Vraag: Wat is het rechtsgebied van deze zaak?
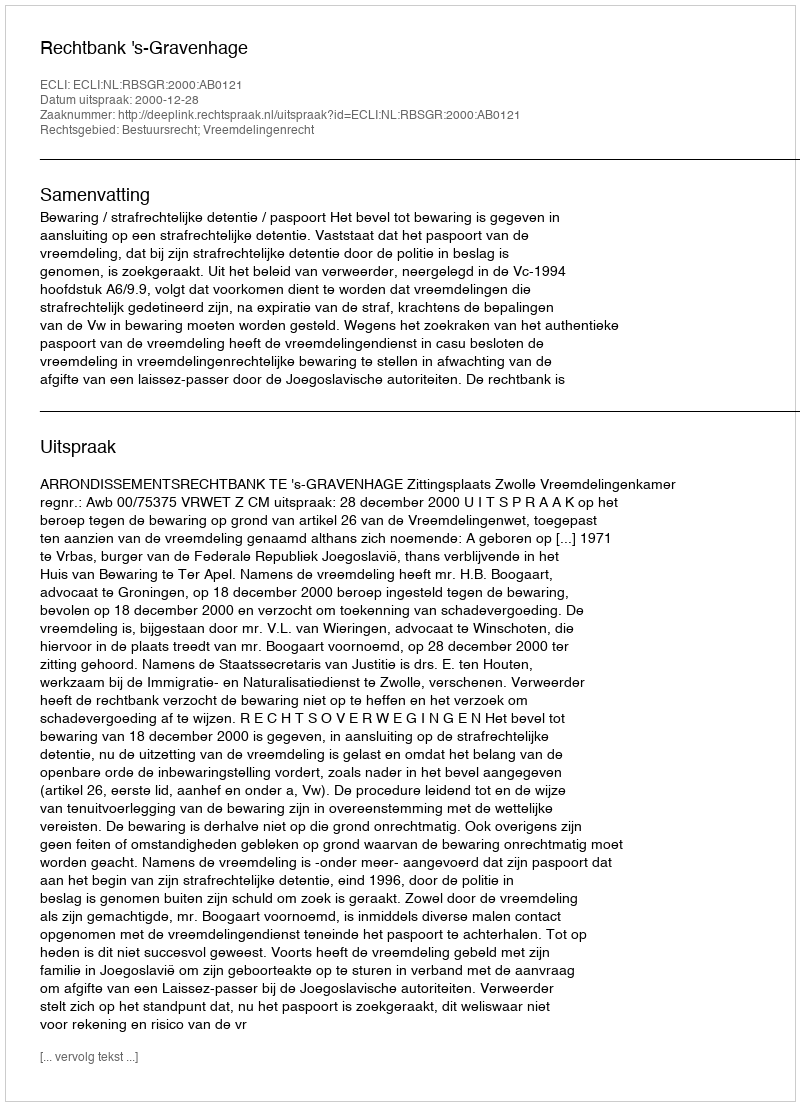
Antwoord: Bestuursrecht; Vreemdelingenrecht